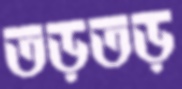
তড়তড়